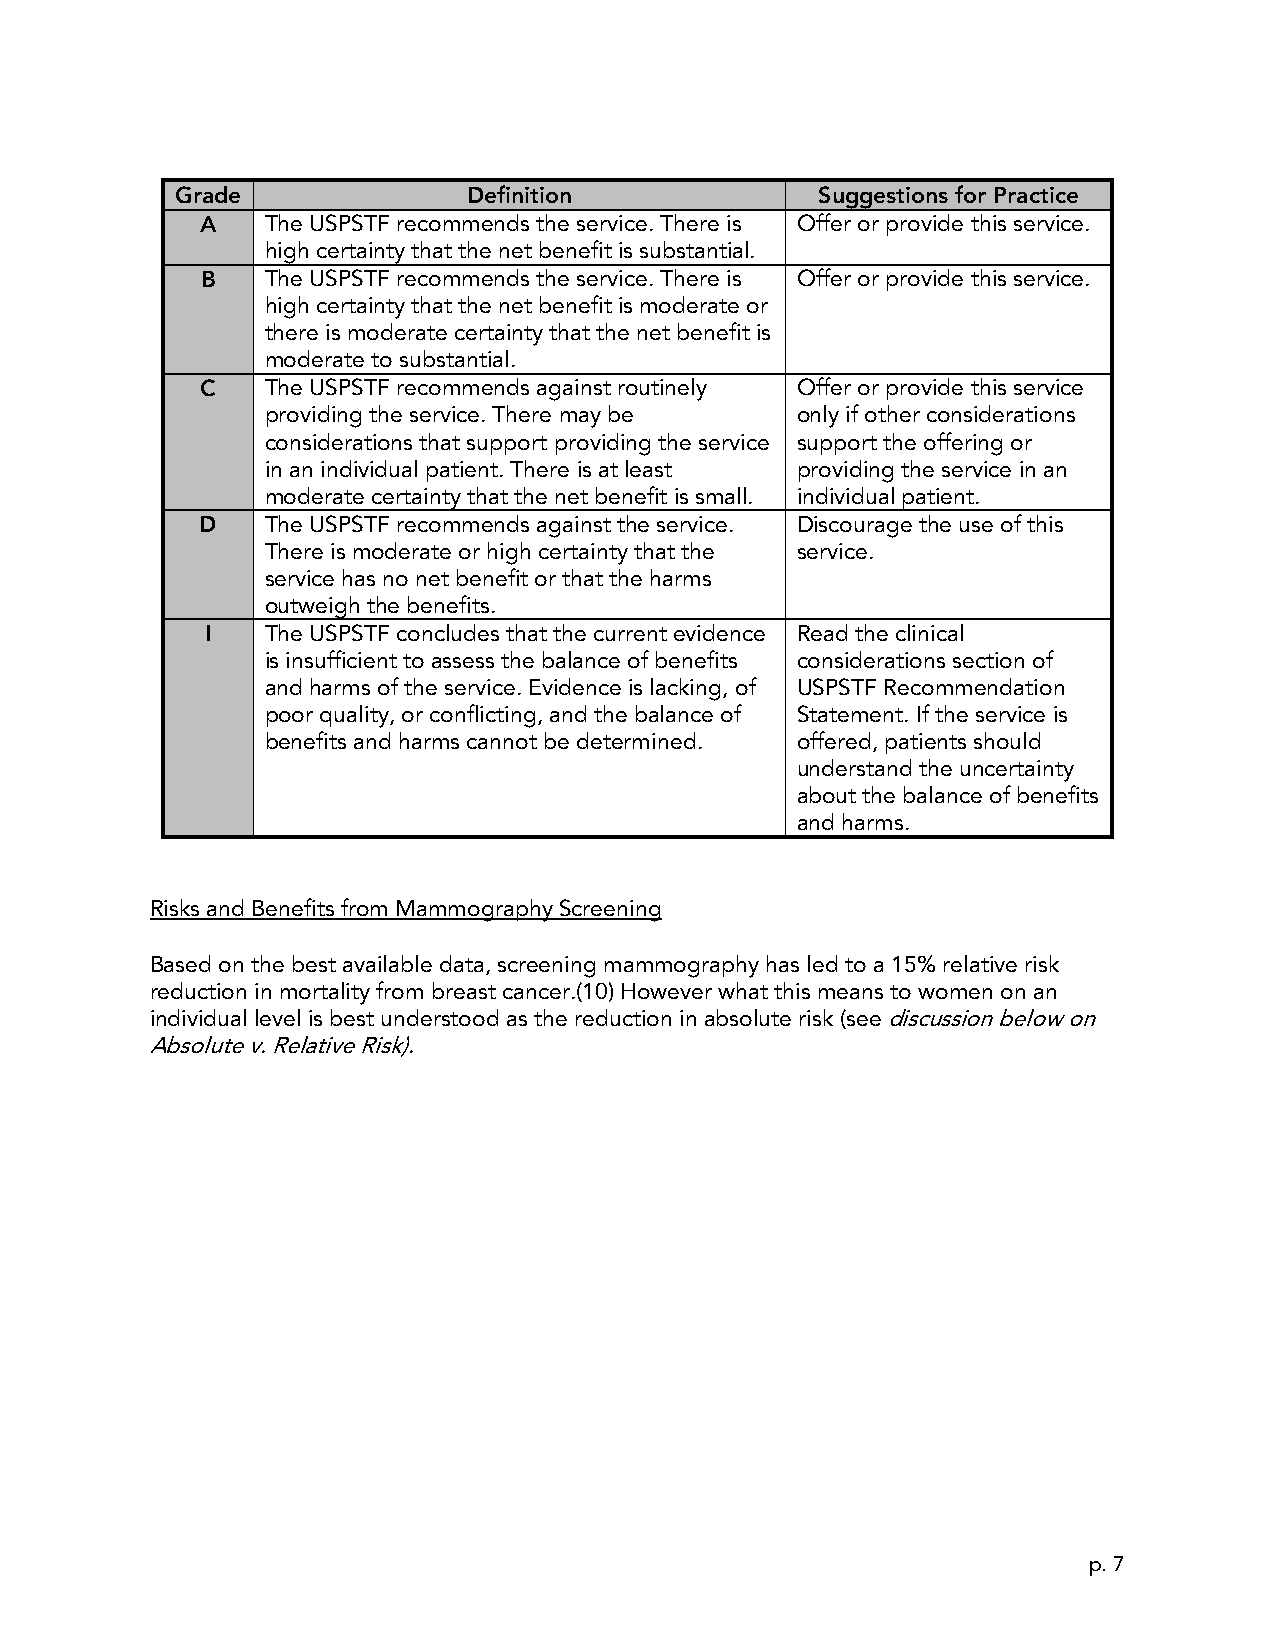
Grade              Definition             Suggestions for Practice
 A    The USPSTF recommends the service. There is Offer or provide this service.
 high certainty that the net benefit is substantial.
 B    The USPSTF recommends the service. There is Offer or provide this service.
 high certainty that the net benefit is moderate or
 there is moderate certainty that the net benefit is
 moderate to substantial.
 C    The USPSTF recommends against routinely Offer or provide this service
 providing the service. There may be only if other considerations
 considerations that support providing the service support the offering or
 in an individual patient. There is at least providing the service in an
 moderate certainty that the net benefit is small. individual patient.
 D    The USPSTF recommends against the service. Discourage the use of this
 There is moderate or high certainty that the service.
 service has no net benefit or that the harms
 outweigh the benefits.
 I   The USPSTF concludes that the current evidence Read the clinical
 is insufficient to assess the balance of benefits considerations section of
 and harms of the service. Evidence is lacking, of USPSTF Recommendation
 poor quality, or conflicting, and the balance of Statement. If the service is
 benefits and harms cannot be determined. offered, patients should
 understand the uncertainty
 about the balance of benefits
 and harms.
 Risks and Benefits from Mammography Screening
 Based on the best available data, screening mammography has led to a 15% relative risk
 reduction in mortality from breast cancer.(10) However what this means to women on an
 individual level is best understood as the reduction in absolute risk (see discussion below on
 Absolute v. Relative Risk).
 p. 7